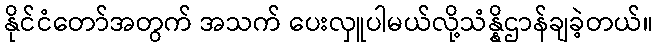
နိုင်ငံတော်အတွက် အသက် ပေးလှူပါမယ်လို့သံန္နိဌာန်ချခဲ့တယ်။